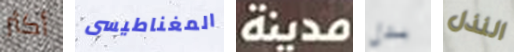
أكثر المغناطيسى مدينة بدل النذل